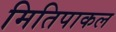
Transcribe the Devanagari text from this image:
मितिपाकल